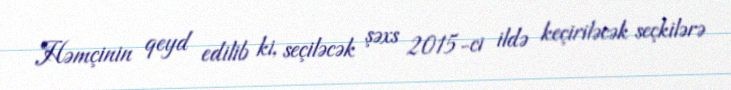
Həmçinin qeyd edilib ki, seçiləcək şəxs 2015-ci ildə keçiriləcək seçkilərə